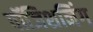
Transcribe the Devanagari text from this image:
पॉजिशनिंग